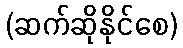
(ဆက်ဆိုနိုင်စေ)